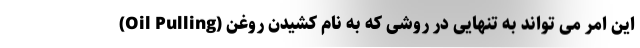
این امر می تواند به تنهایی در روشی که به نام کشیدن روغن (Oil Pulling)